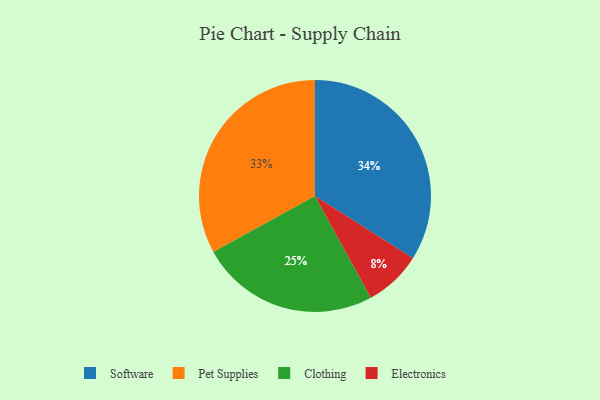
{"axis": {"x": "Category", "y": "Percentage"}, "legend": ["Clothing", "Electronics", "Pet Supplies", "Software"], "data": [{"x": "Clothing", "y": 25, "type": "Clothing"}, {"x": "Electronics", "y": 8, "type": "Electronics"}, {"x": "Software", "y": 34, "type": "Software"}, {"x": "Pet Supplies", "y": 33, "type": "Pet Supplies"}]}